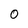
Character: 0